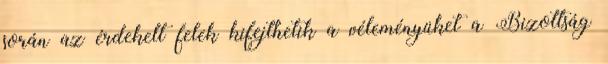
során az érdekelt felek kifejthetik a véleményüket a Bizottság